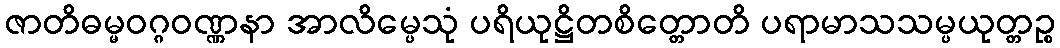
ဇာတိဓမ္မဝဂ္ဂဝဏ္ဏနာ အာလိမ္ပေသုံ ပရိယုဋ္ဌိတစိတ္တောတိ ပရာမာသသမ္ပယုတ္တဉ္စ